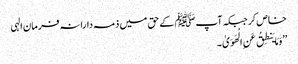
خاص کر جبکہ آپﷺ کے حق میں ذمہ دارانہ فرمان الہی
’’وَمَا یَنطِقُ عَنِ الْهَوَیٰ ۔